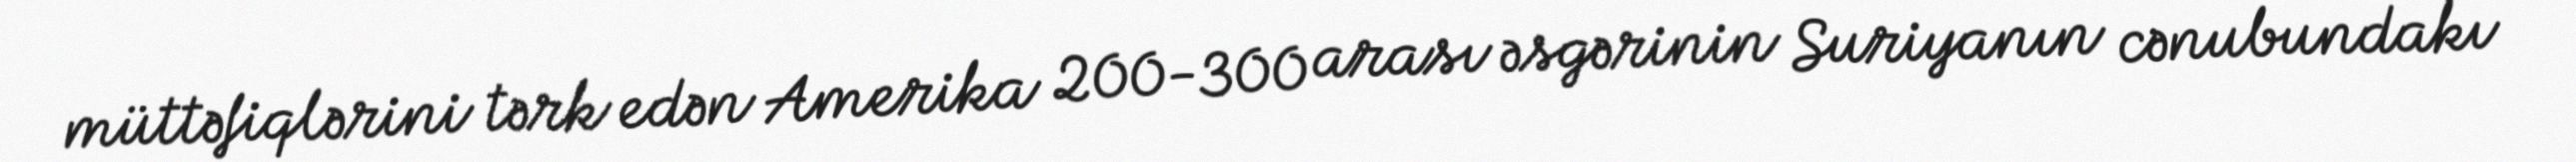
müttəfiqlərini tərk edən Amerika 200-300 arası əsgərinin Suriyanın cənubundakı